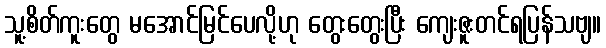
သူ့စိတ်ကူးတွေ မအောင်မြင်ပေလို့ဟု တွေးတွေးပြီး ကျေးဇူးတင်ရပြန်သဗျ။